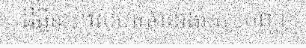
ដីធ្លីនេះ៕សហគមន៍រងគ្រោះបញ្ហា